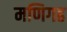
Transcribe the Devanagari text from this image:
मणिगढ